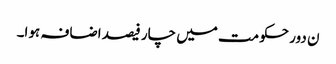
ن دور حکومت میں چار فیصد اضافہ ہوا۔